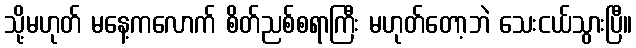
သို့မဟုတ် မနေ့ကလောက် စိတ်ညစ်စရာကြီး မဟုတ်တော့ဘဲ သေးငယ်သွားပြီ။